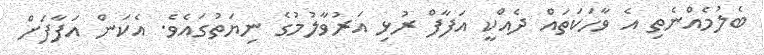
ބެލުމެއްނެތި އެ ވާހަކަތައް ދެއްކީ އަފާފް ރުޅި އަރުވާލުމުގެ ނިޔަތުގައެވެ. އެކަން އަފާފަށް